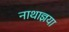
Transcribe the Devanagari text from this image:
नाथाज्ञया